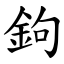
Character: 鉤